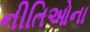
નીતિઓના